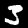
Digit: 3